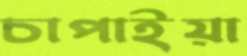
চাপাইয়া